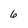
Character: 6